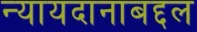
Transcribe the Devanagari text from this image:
न्यायदानाबद्दल